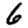
Digit: 6